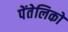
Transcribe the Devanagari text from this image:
पेंतेलिको